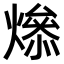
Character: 𤏟